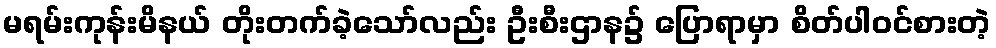
မရမ်းကုန်းမိနယ် တိုးတက်ခဲ့သော်လည်း ဦးစီးဌာန၌ ပြောရာမှာ စိတ်ပါဝင်စားတဲ့